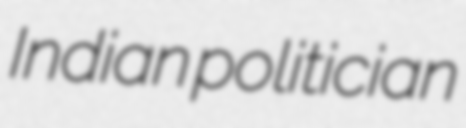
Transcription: Indian politician